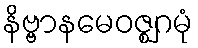
နိဗ္ဗာနမေဝဇ္ဈဂမုံ